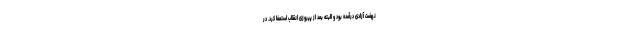
نهضت آزادی درآمده بود و البته بعد از پیروزی انقلاب استعفا کرد. در